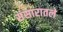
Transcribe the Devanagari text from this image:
संसारातले